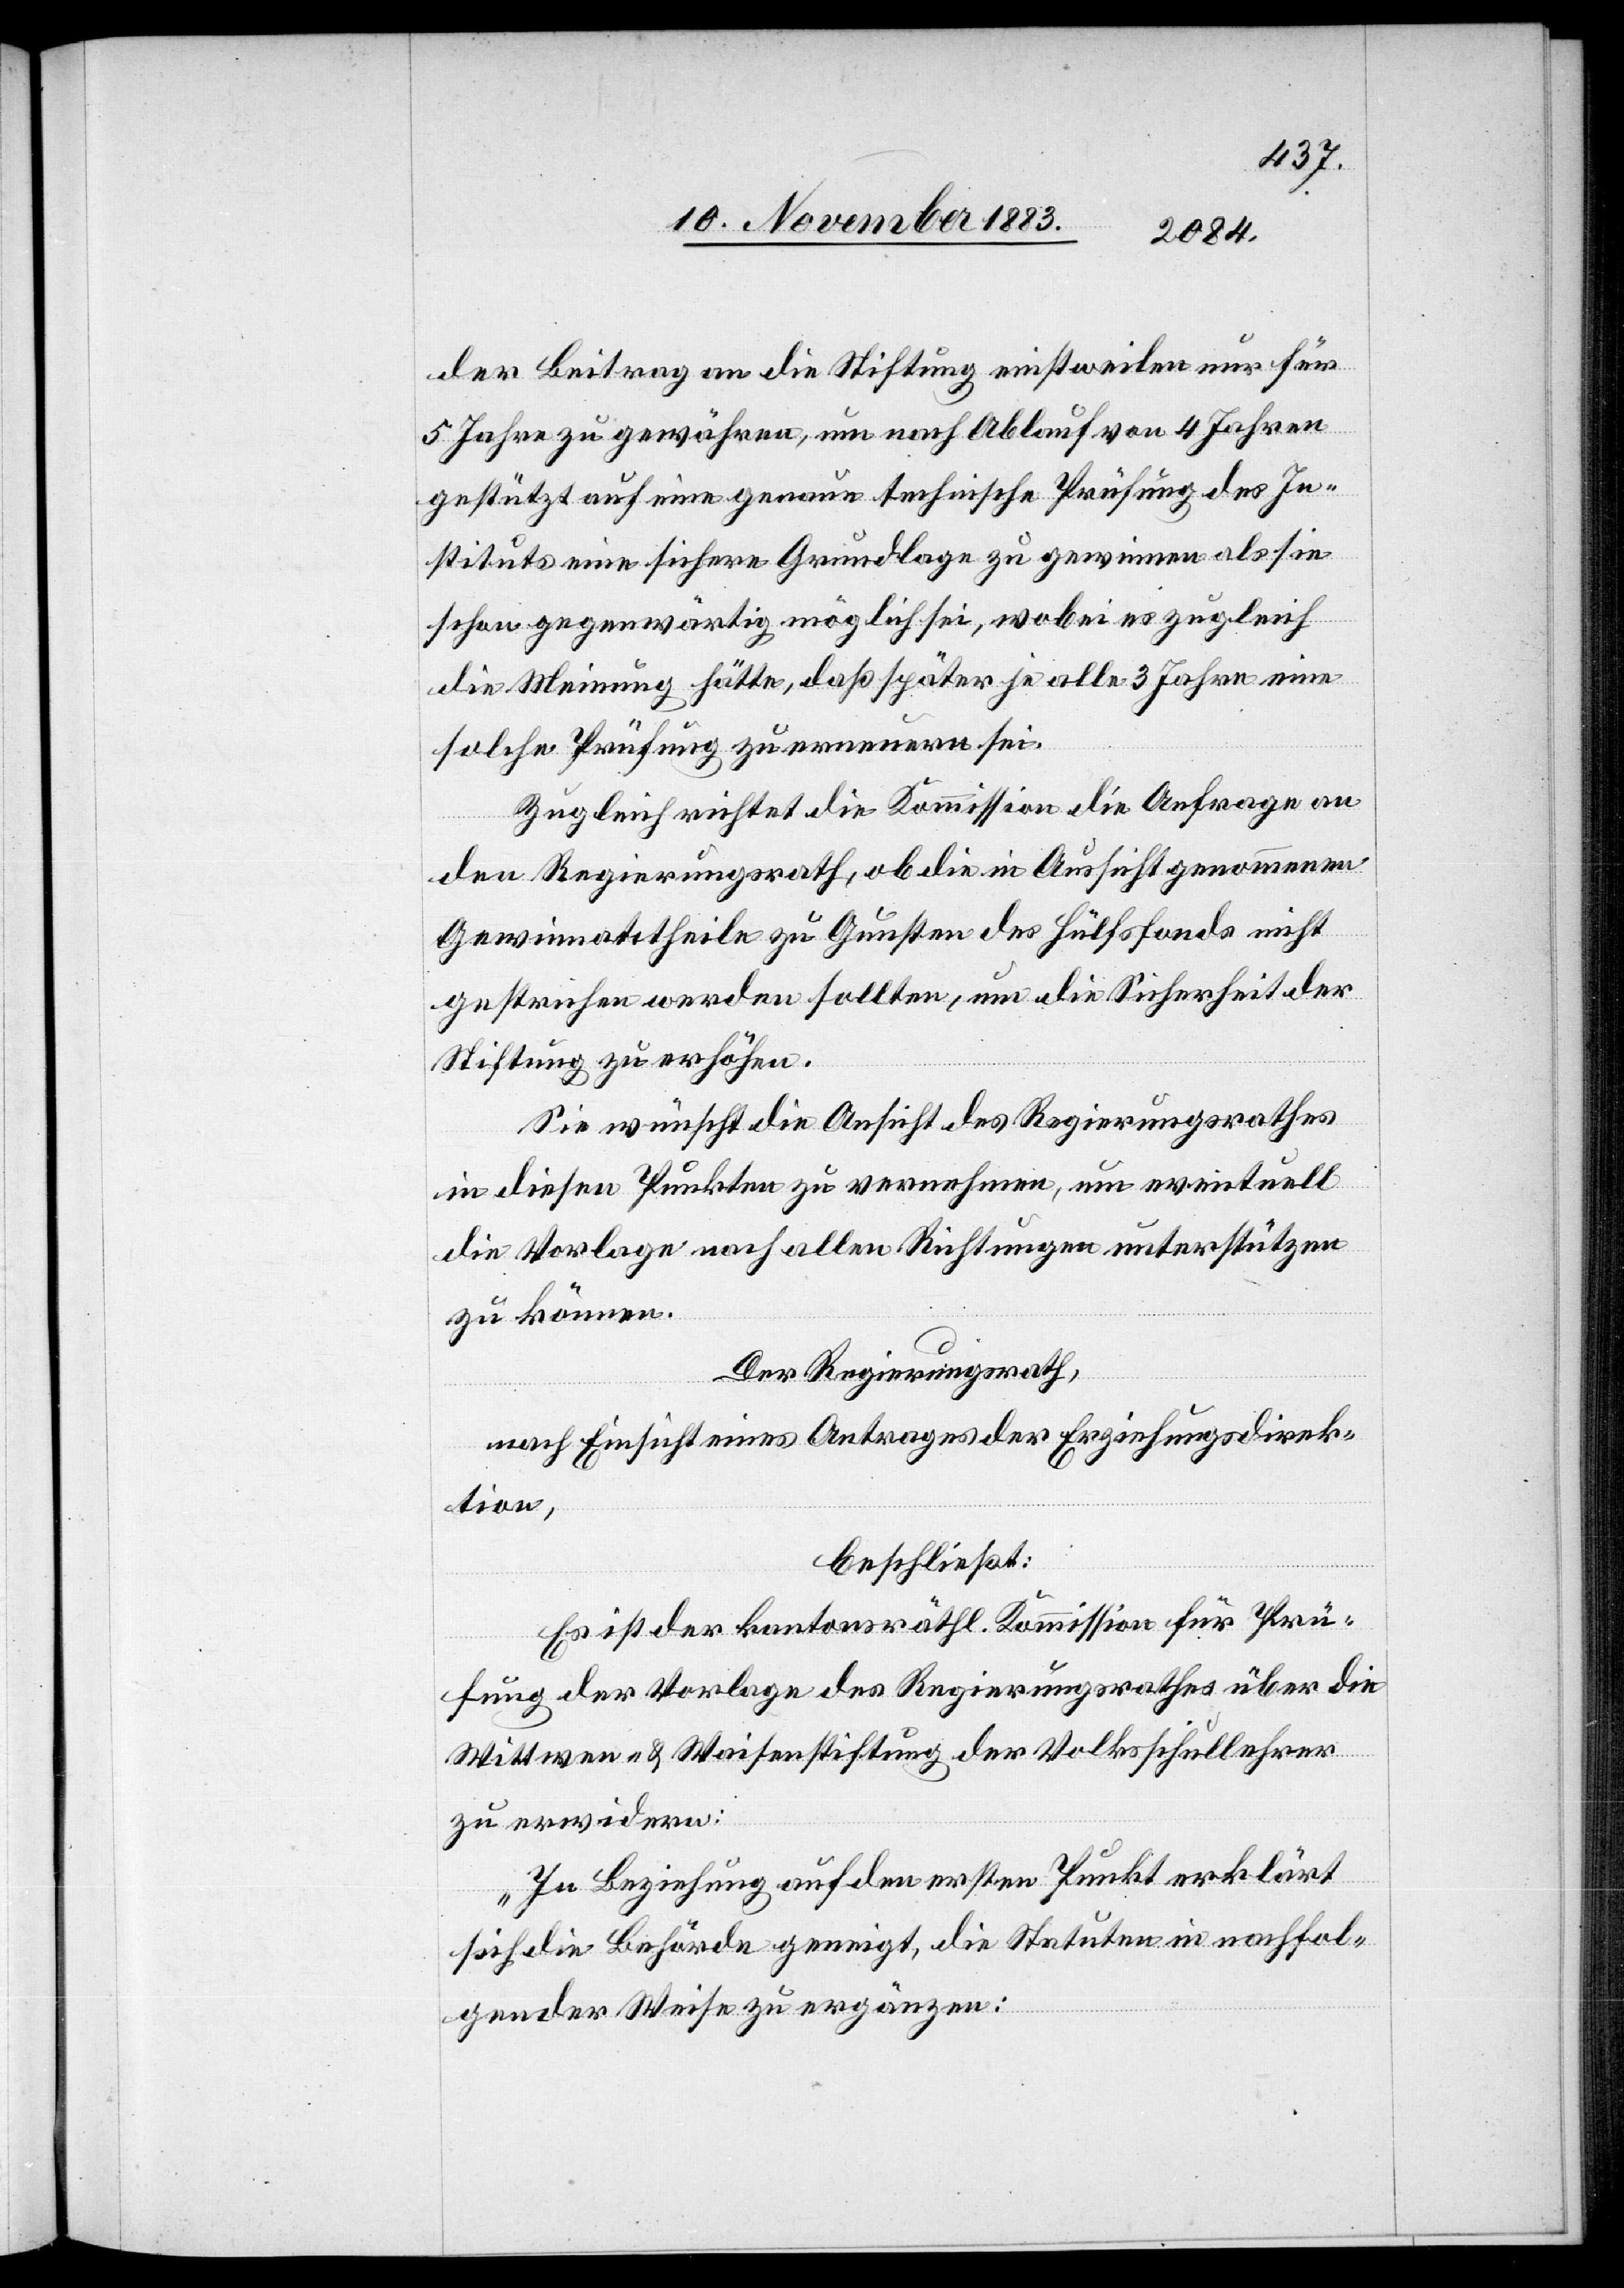
der Beitrag an die Stiftung einstweilen nur für
5 Jahre zu gewähren, um nach Ablauf von 4 Jahren
gestützt auf eine genaue technische Prüfung des In¬
stituts eine sichere Grundlage zu gewinnen als sie
schon gegenwärtig möglich sei, wobei es zugleich
die Meinung hätte, daß später je alle 3 Jahre eine
solche Prüfung zu erneuern sei.
Zugleich richtet die Kommission die Anfrage an
den Regierungsrath, ob die in Aussicht genommenen
Gewinnantheile zu Gunsten des Hülfsfonds nicht
gestrichen werden sollten, um die Sicherheit der
Stiftung zu erhöhen.
Sie wünscht die Ansicht des Regierungsrathes
in diesen Punkten zu vernehmen, um eventuell
die Vorlage nach allen Richtungen unterstützen
zu können.
Der Regierungsrath,
nach Einsicht eines Antrages der Erziehungsdirek¬
tion,
beschließt:
Es ist der kantonsräthl. Kommission für Prü¬
fung der Vorlage des Regierungsrathes über die
Wittwen- & Waisenstiftung der Volksschullehrer
zu erwidern:
„In Beziehung auf den ersten Punkt erklärt
sich die Behörde geneigt, die Statuten in nachfol¬
gender Weise zu ergänzen: